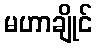
မဟာချိုင်